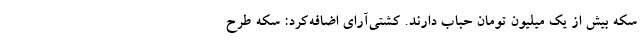
سکه بیش از یک میلیون تومان حباب دارند. کشتی‌آرای اضافه‌کرد: سکه طرح